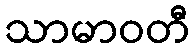
သာမာဝတီ